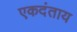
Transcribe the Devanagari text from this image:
एकदंताय